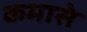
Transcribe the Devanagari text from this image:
कमासे